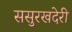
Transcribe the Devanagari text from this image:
ससुरखदेरी